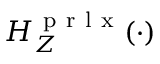
H _ { Z } ^ { \mathrm { ~ p ~ r ~ l ~ x ~ } } ( \cdot )